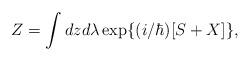
LaTeX: \begin{align*}Z=\int dz d\lambda\exp\{(i/\hbar)[S+X]\},\end{align*}